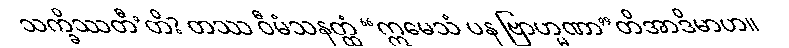
သက္ခိဿတီ’တိ? တဿ ဝီမံသနတ္ထံ “ဣမေသံ ပန ဗြာဟ္မဏာ”တိအာဒိမာဟ။